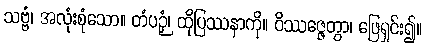
သဗ္ဗံ၊ အလုံးစုံသော။ တံပဉှံ၊ ထိုပြဿနာကို။ ဝိဿဇ္ဇေတွာ၊ ဖြေရှင်း၍။